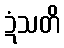
ဍံသတိ